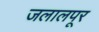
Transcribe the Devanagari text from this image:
जलालपूर